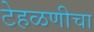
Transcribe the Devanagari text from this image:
टेहळणीचा